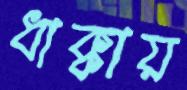
ধাক্কায়